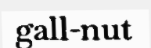
gall-nut